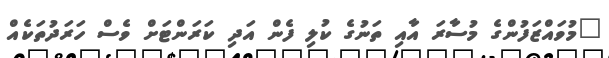
"މުވައްޒަފުންގެ މުސާރަ އާއި ތަނުގެ ކުލި ފެން އަދި ކަރަންޓަށް ވެސް ހަރަދުތަކެއް